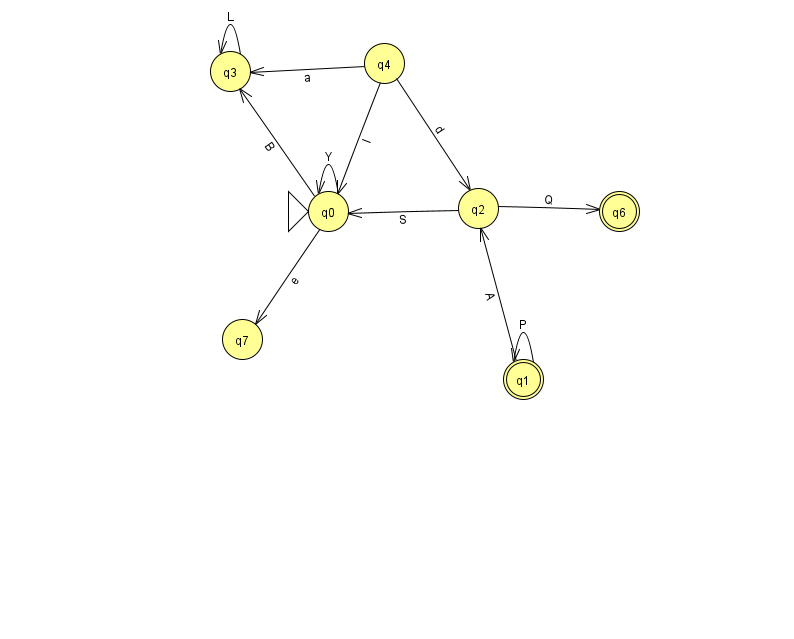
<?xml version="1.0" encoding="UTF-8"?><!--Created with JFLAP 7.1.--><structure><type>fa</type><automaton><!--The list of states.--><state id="0" name="q0"><x>328.0</x><y>198.0</y><initial/></state><state id="1" name="q1"><x>523.0</x><y>366.0</y><final/></state><state id="2" name="q2"><x>478.0</x><y>195.0</y></state><state id="3" name="q3"><x>230.0</x><y>58.0</y></state><state id="4" name="q4"><x>384.0</x><y>50.0</y></state><state id="6" name="q6"><x>619.0</x><y>198.0</y><final/></state><state id="7" name="q7"><x>242.0</x><y>326.0</y></state><!--The list of transitions.--><transition><from>1</from><to>1</to><read>P</read></transition><transition><from>1</from><to>2</to><read>A</read></transition><transition><from>0</from><to>7</to><read>e</read></transition><transition><from>4</from><to>2</to><read>d</read></transition><transition><from>0</from><to>0</to><read>Y</read></transition><transition><from>2</from><to>6</to><read>Q</read></transition><transition><from>4</from><to>0</to><read>I</read></transition><transition><from>3</from><to>3</to><read>L</read></transition><transition><from>2</from><to>0</to><read>S</read></transition><transition><from>0</from><to>3</to><read>B</read></transition><transition><from>4</from><to>3</to><read>a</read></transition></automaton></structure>